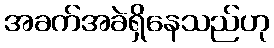
အခက်အခဲရှိနေသည်ဟု